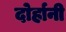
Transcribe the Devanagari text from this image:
दोर्हानी